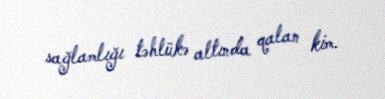
sağlamlığı təhlükə altında qalan kim.